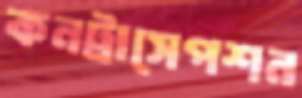
কনট্রাসেপশন